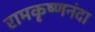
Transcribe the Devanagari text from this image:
रामकृष्णनंदा